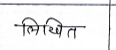
मजकूर: लिखित